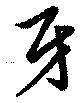
牙